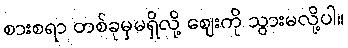
စားစရာ တစ်ခုမှမရှိလို့ ဈေးကို သွားမလို့ပါ။